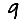
Digit: 9